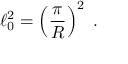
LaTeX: \ell _ { 0 } ^ { 2 } = \left( \frac { \pi } { R } \right) ^ { 2 } \; .